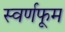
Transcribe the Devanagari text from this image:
स्वर्णफूम